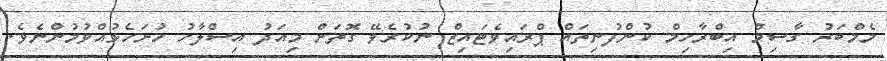
މެމްބަރު ގާސިމް އިބްރާހިމް ކުންފުނިތައް ޕްރައިވެޓައިޒް ނުކުރެވޭ ގޮތަށް މިއަދު އިސްލާހު ހުށަހެޅުއްވުމުންނެވެ.